Alatskivi_vallavalitsus_et, lk 203
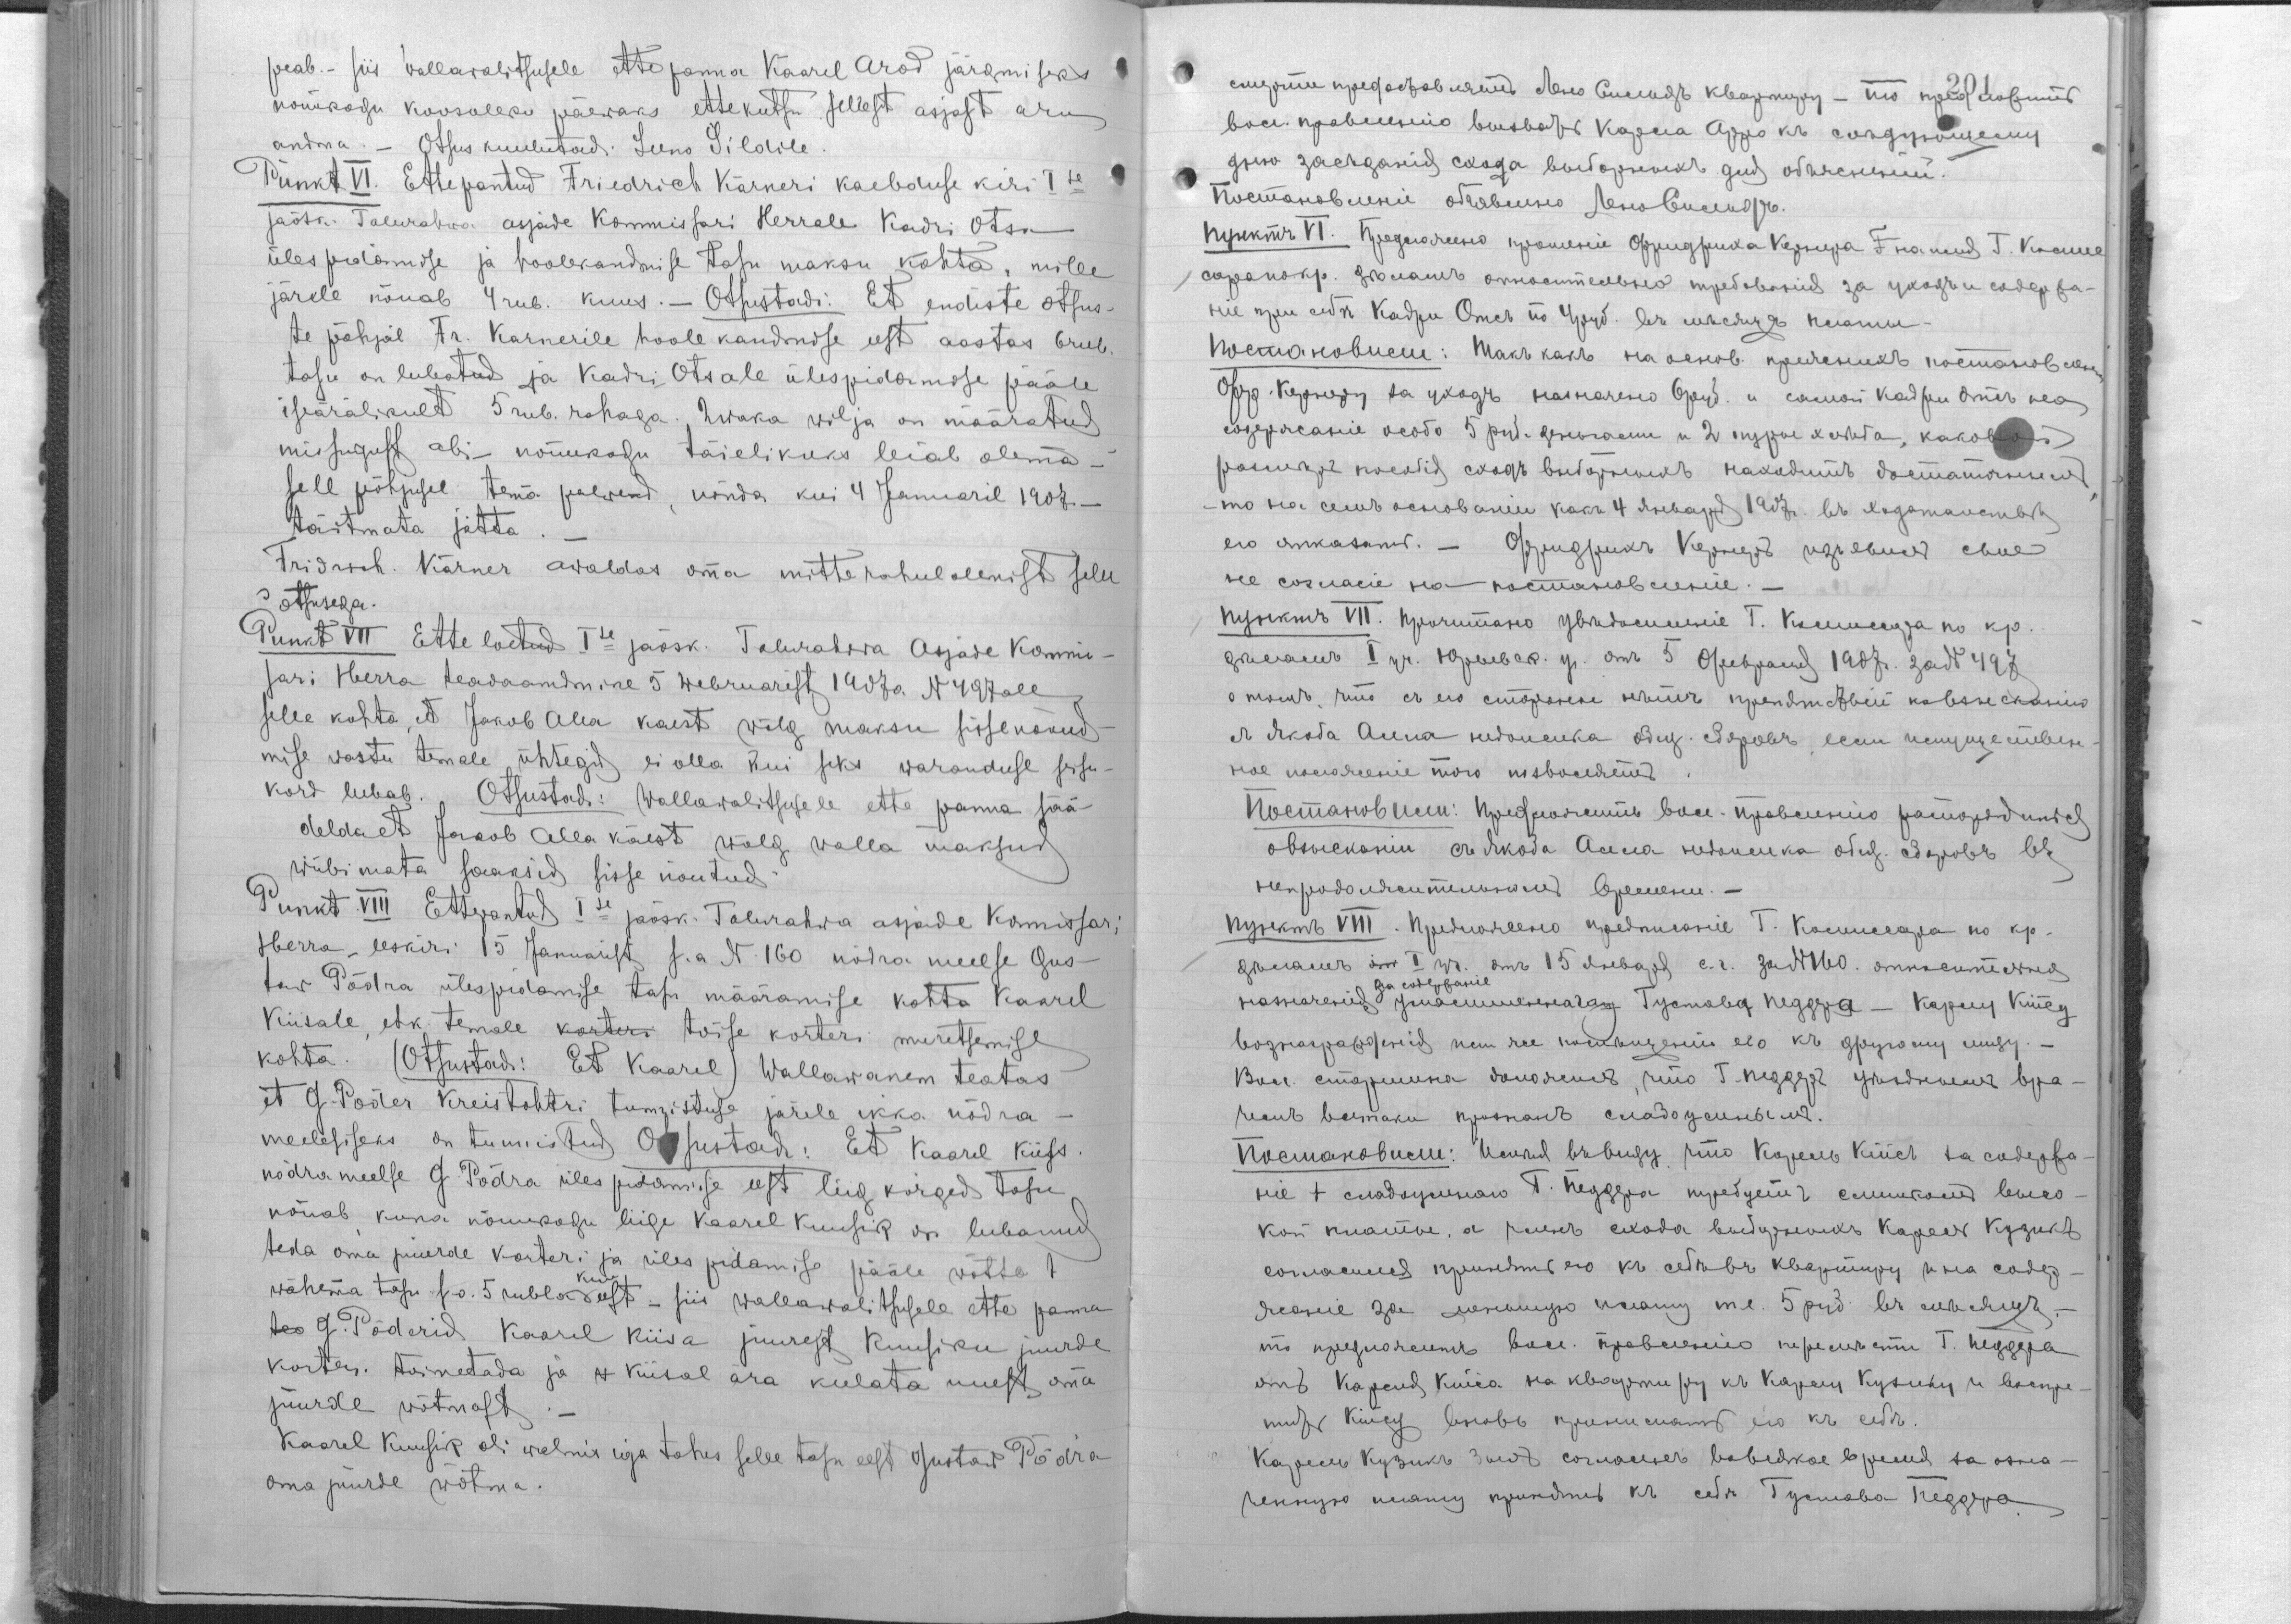
peab. - siis wallawalitsusele ette panna Kaarel Arol järgmiseks
nõuukogu koosoleku päewaks ette kutsu sellest asjast aru
andma. - Otsus kuulutud Leeno Sildile.
Punkt VI. Ettepantud Friedrich Kärneri kaebduse kiri Ise
jaosk. Talurahwa asjade Kommissari Herrale Kadri Otsa
ülespidmise ja hoolekandmise tasu maksu kohta, mille
järele nõuab 4 rub. kuus.- Otsustadi: Et endise otsus-
te põhjal Fr. Karnerile hoole kandmise eest aastas 6 rub.
tasu on lubatud ja Kadri Otsale ülespidamise pääle
iseäralikult 5 rub. rahaga. 2 waka wilja on määratud
missugust abi nõuukogu täielikuks leiab olema
sell põhjusel tema palwel, nõnda kui 4 Januaril 1907
täitmata jätta.
Fridrich Kärner awaldas oma mitterahulolemist selle
otsusega.
Punkt VII Etteloetud Ise jaosk. Talurahwa Asjade Kommi-
sari Herra teadaandmine 5 Webruarist 1907 a N497 all
selle kohta, et Jakob Alla kaest wõlg maksu sissenõud-
mise wastu temale ühtegid ei olla kui seks waranduse seisu-
kord lubab. Otsustadi: Wallawalitsusele ette panna sää-
delda et Jakob Alla käest wõlg walla maksud
wiibimata saaksid sisse nõutud.
Punkt VIII Ettepantud Ise jaosk. Talurahwa asjade Komissari
Herra eeskiri 15 Januarist s.a N 160 nõdra meelse Gus-
taw Põdra ülespidamise tasu määramise kohta Kaarel
Kiisale, ehk temale korteri teise korteri muretsemise
kohta. (Otsustadi: Et Kaarel) Wallawanem teatas
et G. Põder Kreistohtri tunnistuse järele ikka nõdra-
meeleliseks on tunnistatud. Otsustadi: Et Kaarel Kiisk
nõdrameelse G. Põdra üles pidamise eest liig kõrged tasu
nõuab, kuna nõuukogu liige Kaarel Kuusik on lubanud
teda oma juurde korteri ja üles pidamise pääle võtta t
wähema tasu s.o. 5 rubla kuu eest - siis wallawalitsusele ette panna
teo G. Põderid Kaarel Kiisa juurest Kuusiku juurde
korteri toimetada ja w Kiisal ära keelata meest oma
juurde võtmast.
Kaarel Kuusik oli walmis iga tahes selle tasu eest Gustaw Põdra
oma juurde wõtma.